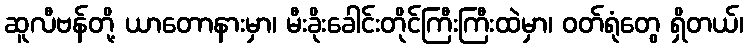
ဆူလီဗန်တို့ ယာတောနားမှာ၊ မီးခိုးခေါင်းတိုင်ကြီးကြီးထဲမှာ၊ ဝတ်ရုံတွေ ရှိတယ်၊